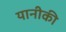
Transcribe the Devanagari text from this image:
यानीकी